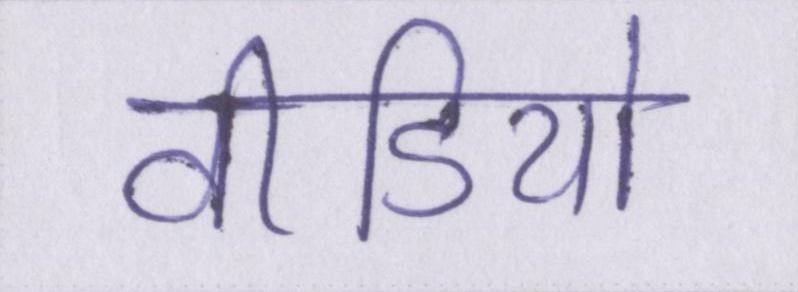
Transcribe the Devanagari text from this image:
वीडियो